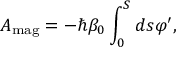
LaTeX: A _ { \mathrm { m a g } } = - \hbar \beta _ { 0 } \int _ { 0 } ^ { S } d s \varphi ^ { \prime } ,